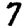
Digit: 7